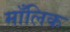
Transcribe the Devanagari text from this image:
माँलिक